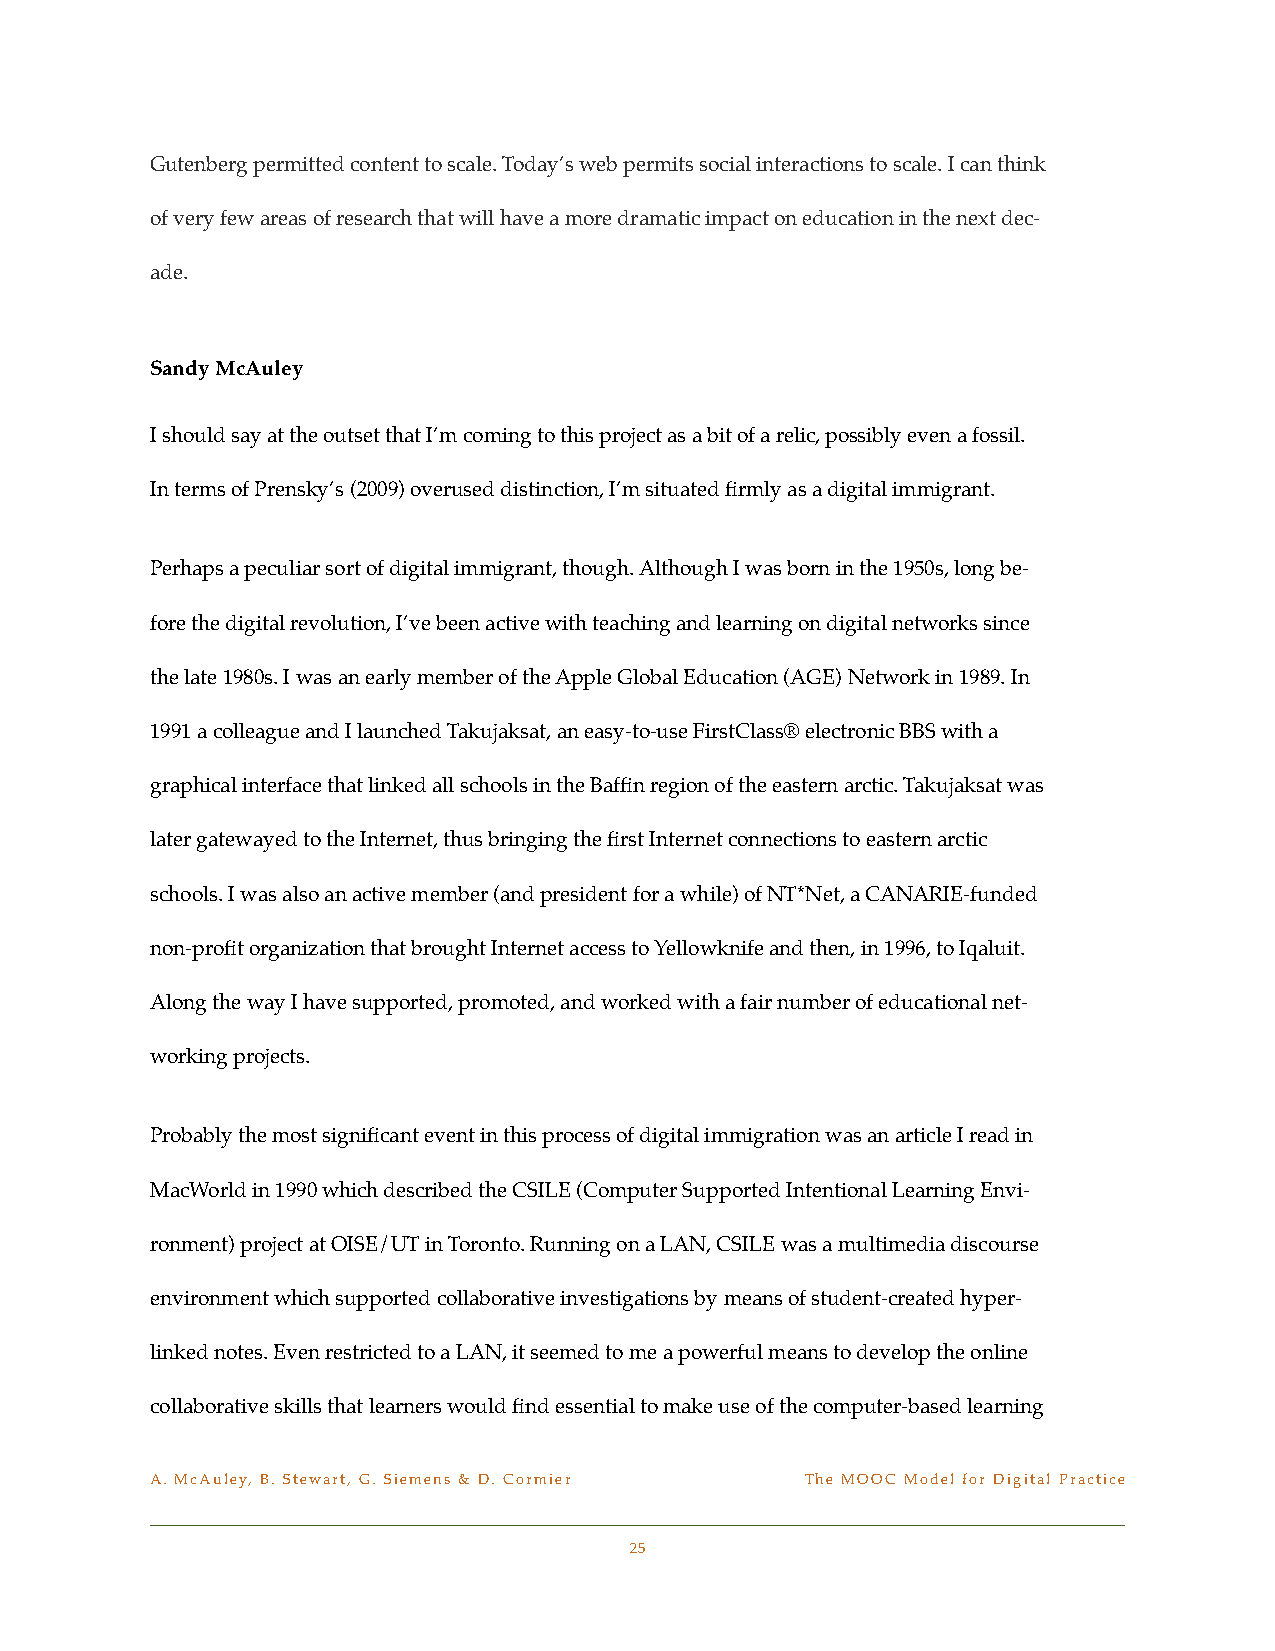
Gutenberg permitted content to scale. Today’s web permits social interactions to scale. I can think
 of very few areas of research that will have a more dramatic impact on education in the next dec-
 ade.
 Sandy McAuley
 I should say at the outset that I’m coming to this project as a bit of a relic, possibly even a fossil.
 In terms of Prensky’s (2009) overused distinction, I’m situated firmly as a digital immigrant.
 Perhaps a peculiar sort of digital immigrant, though. Although I was born in the 1950s, long be-
 fore the digital revolution, I’ve been active with teaching and learning on digital networks since
 the late 1980s. I was an early member of the Apple Global Education (AGE) Network in 1989. In
 1991 a colleague and I launched Takujaksat, an easy-to-use FirstClass® electronic BBS with a
 graphical interface that linked all schools in the Baffin region of the eastern arctic. Takujaksat was
 later gatewayed to the Internet, thus bringing the first Internet connections to eastern arctic
 schools. I was also an active member (and president for a while) of NT*Net, a CANARIE-funded
 non-profit organization that brought Internet access to Yellowknife and then, in 1996, to Iqaluit.
 Along the way I have supported, promoted, and worked with a fair number of educational net-
 working projects.
 Probably the most significant event in this process of digital immigration was an article I read in
 MacWorld in 1990 which described the CSILE (Computer Supported Intentional Learning Envi-
 ronment) project at OISE/UT in Toronto. Running on a LAN, CSILE was a multimedia discourse
 environment which supported collaborative investigations by means of student-created hyper-
 linked notes. Even restricted to a LAN, it seemed to me a powerful means to develop the online
 collaborative skills that learners would find essential to make use of the computer-based learning
 A. McAuley, B. Stewart, G. Siemens & D. Cormier! The MOOC Model for Digital Practice
 25